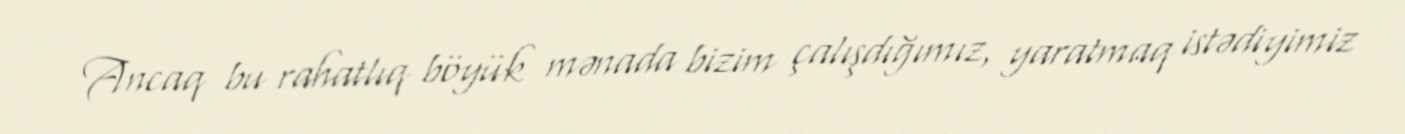
Ancaq bu rahatlıq böyük mənada bizim çalışdığımız, yaratmaq istədiyimiz